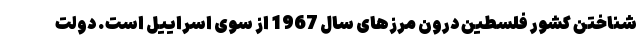
شناختن کشور فلسطین درون مرزهای سال 1967 از سوی اسراییل است. دولت